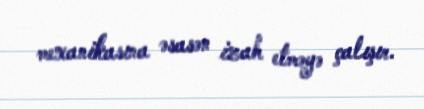
mexanikasına əsasən izah etməyə çalışır.